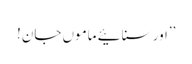
’’اور سنائیے ماموں جان!